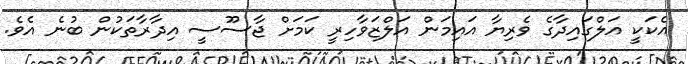
އެކަކީ އަލްގައިދާގެ ވެރިޔާ އައިމަން އަލްޒަވާހިރީ ކަމަށް ޖާސޫސީ އިދާރާތަކުން ބުނެ އެވެ.